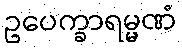
ဥပေက္ခာရမ္မဏံ